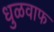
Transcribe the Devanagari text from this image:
धुळवाफ